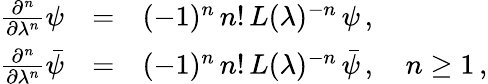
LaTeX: \begin{array}{rcl}{{\frac{\partial^{n}}{\partial\lambda^{n}}\psi}}&{{=}}&{{(-1)^{n}\, n!\, L(\lambda)^{-n}\, \psi\, ,}}\\ {{\frac{\partial^{n}}{\partial\lambda^{n}}\bar{\psi}}}&{{=}}&{{(-1)^{n}\, n!\, L(\lambda)^{-n}\, \bar{\psi}\, ,\quad n\geq 1\, ,}}\end{array}